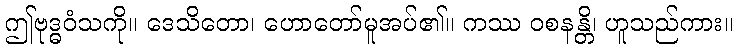
ဤဗုဒ္ဓဝံသကို။ ဒေသိတော၊ ဟောတော်မူအပ်၏။ ကဿ ဝစနန္တိ၊ ဟူသည်ကား။